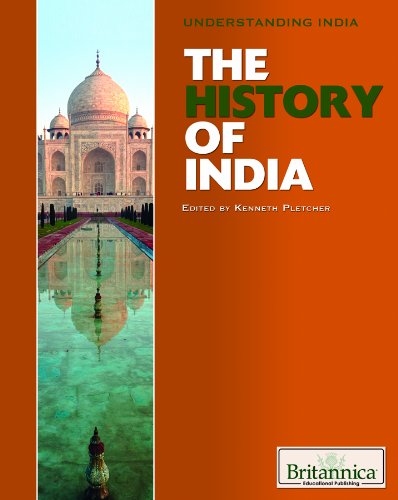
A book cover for The History of India (Understanding India); Teen & Young Adult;